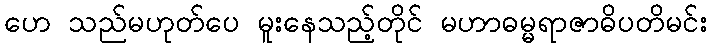
ဟေ သည်မဟုတ်ပေ မူးနေသည့်တိုင် မဟာဓမ္မရာဇာဓိပတိမင်း